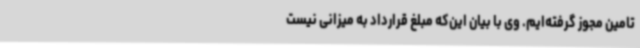
تامین مجوز گرفته‌ایم. وی با بیان این‌که مبلغ قرارداد به میزانی نیست